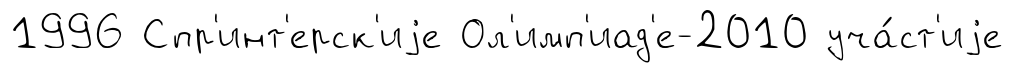
1996 Спр'инт'ерск'иjе Ол'имп'иад'е-2010 уча́ст'иjе